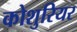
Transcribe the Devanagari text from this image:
कोशुरियर